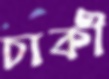
চাকী